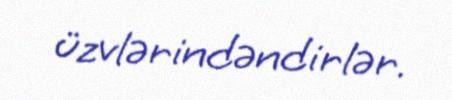
üzvlərindəndirlər.